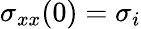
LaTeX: \sigma_{xx}(0)=\sigma_{i}